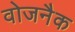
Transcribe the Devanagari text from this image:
वोजनैक